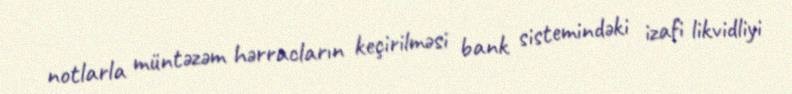
notlarla müntəzəm hərracların keçirilməsi bank sistemindəki izafi likvidliyi